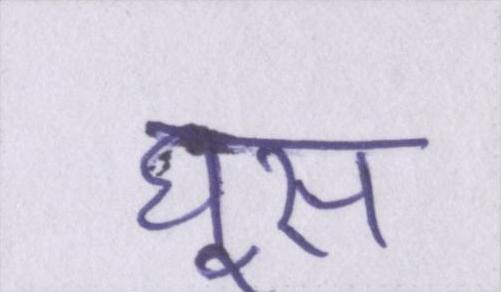
घूस